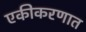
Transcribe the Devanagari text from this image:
एकीकरणात